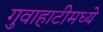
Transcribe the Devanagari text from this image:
गुवाहाटीमध्ये